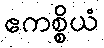
ဧကစ္စိယံ